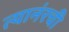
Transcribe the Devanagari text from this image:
त्यानंरची